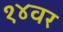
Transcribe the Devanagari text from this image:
१४वर